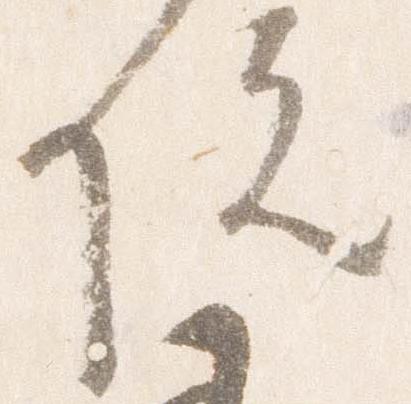
院